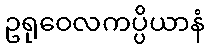
ဥရုဝေလကပ္ပိယာနံ